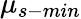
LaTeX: \mu_{s-min}